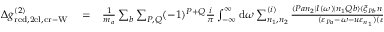
\begin{array} { r l r } { \Delta g _ { \mathrm { r e d , 2 e l , c r - W } } ^ { ( 2 ) } } & { { } = } & { \frac { 1 } { m _ { a } } \sum _ { b } \sum _ { P , Q } ( - 1 ) ^ { P + Q } \frac { i } { \pi } \int _ { - \infty } ^ { \infty } \mathrm { d } \omega \sum _ { n _ { 1 } , n _ { 2 } } ^ { ( i ) } \frac { \langle P a n _ { 2 } | I ( \omega ) | n _ { 1 } Q b \rangle \langle \xi _ { P b } n _ { 1 } | I ( \omega - \Delta _ { P a Q a } ) | n _ { 2 } Q a \rangle } { ( \varepsilon _ { P a } - \omega - u \varepsilon _ { n _ { 1 } } ) ( \varepsilon _ { Q b } - \omega - u \varepsilon _ { n _ { 2 } } ) } } \end{array}